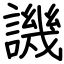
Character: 譏